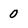
Character: 0